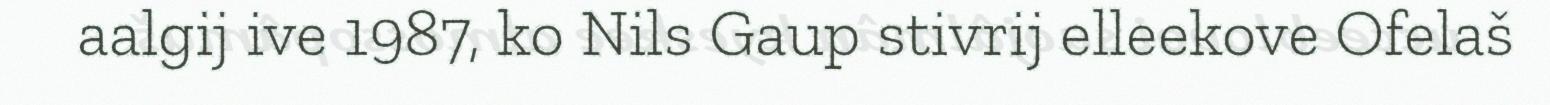
aalgij ive 1987, ko Nils Gaup stivrij elleekove Ofelaš